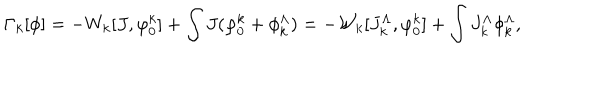
\Gamma _ { k } [ \phi ] = - W _ { k } [ J , \varphi _ { 0 } ^ { k } ] + \int J ( \varphi _ { 0 } ^ { k } + \phi _ { k } ^ { \Lambda } ) = - { \mathcal W } _ { k } [ J _ { k } ^ { \Lambda } , \varphi _ { 0 } ^ { k } ] + \int J _ { k } ^ { \Lambda } \phi _ { k } ^ { \Lambda } ,